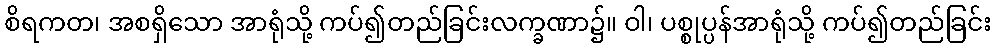
စိရကတ၊ အစရှိသော အာရုံသို့ ကပ်၍တည်ခြင်းလက္ခဏာ၌။ ဝါ၊ ပစ္စုပ္ပန်အာရုံသို့ ကပ်၍တည်ခြင်း